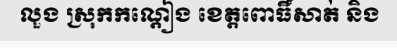
លួង ស្រុកកណ្តៀង ខេត្តពោធិ៍សាត់ និង